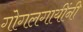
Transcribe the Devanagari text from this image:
गोगलगायींनी